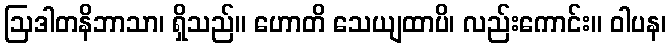
ဩဒါတနိဘာသာ၊ ရှိသည်။ ဟောတိ သေယျထာပိ၊ လည်းကောင်း။ ဝါပန၊